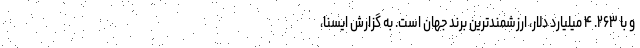
و با ۲۶۳. ۴ میلیارد دلار، ارزشمندترین برند جهان است. به گزارش ایسنا،